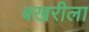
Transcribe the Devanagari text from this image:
बखरीला